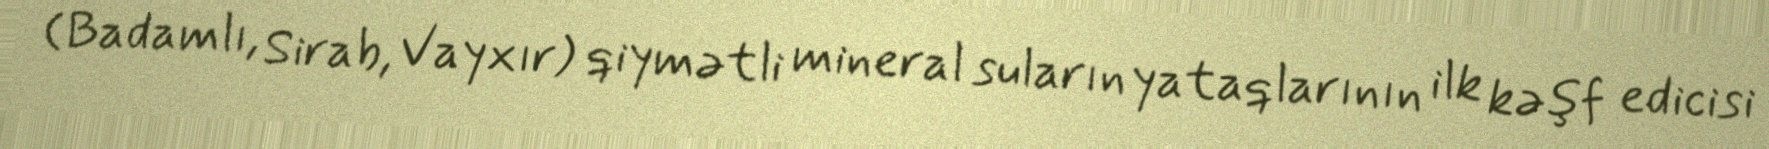
(Badamlı, Sirab, Vayxır) qiymətli mineral suların yataqlarının ilk kəşf edicisi